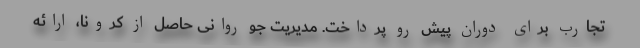
تجارب برای دوران پیش رو پرداخت. مدیریت جو روانی حاصل از کرونا، ارائه